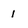
Character: 1